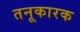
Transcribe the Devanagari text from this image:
तनूकारक